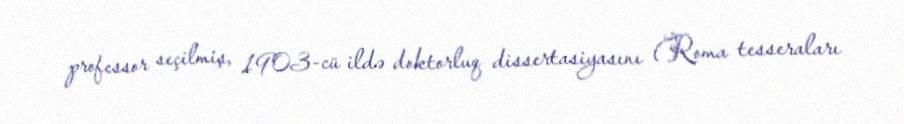
professor seçilmiş, 1903-cü ildə doktorluq dissertasiyasını (Roma tesseraları